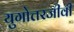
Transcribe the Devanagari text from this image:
युगोत्तरजीवी